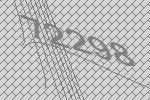
72298